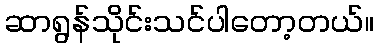
ဆာရွန်သိုင်းသင်ပါတော့တယ်။